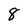
Character: 8